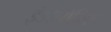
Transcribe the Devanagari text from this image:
इंडोलॉजिस्ट